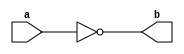
module not_gate
(
	input a,
	output b
);
assign b = ~a;
endmodule